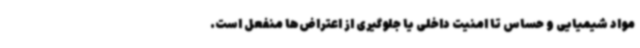
مواد شیمیایی و حساس تا امنیت داخلی یا جلوگیری از اعتراض‌ها منفعل است.